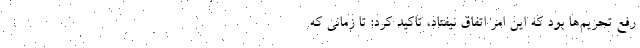
رفع تحریم‌ها بود که این امر اتفاق نیفتاد، تاکید کرد: تا زمانی که